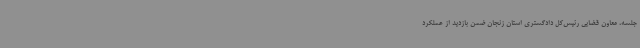
جلسه، معاون قضایی رئیس‌کل دادگستری استان زنجان ضمن بازدید از عملکرد